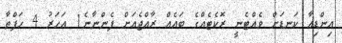
އިންޑިއާ ކަނޑަށް ވެއްޓެނީ ރޮކެޓެއްގެ ބައެއް ރާއްޖެއަށް ފެންނާނެ1 އަހަރު 4 ހަފްތާ